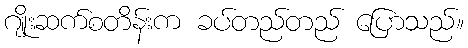
ဂျိုးဆက်စတိန်းက ခပ်တည်တည် ပြောသည်။